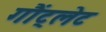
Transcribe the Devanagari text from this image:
गौंट्लेट